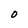
Character: O